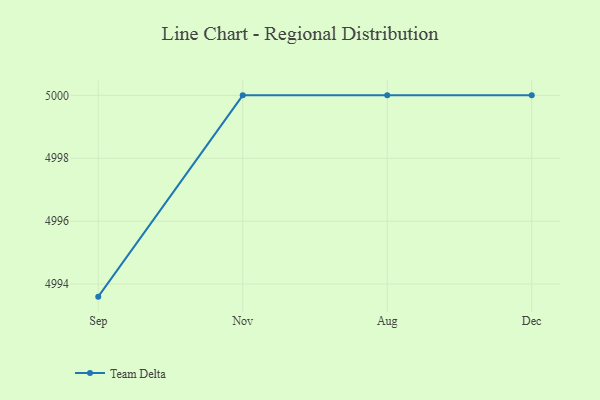
{"axis": {"x": "Month", "y": "Inventory Turnover"}, "legend": ["Team Delta"], "data": [{"x": "Sep", "y": 4993.6, "type": "Team Delta"}, {"x": "Nov", "y": 5000, "type": "Team Delta"}, {"x": "Aug", "y": 5000, "type": "Team Delta"}, {"x": "Dec", "y": 5000, "type": "Team Delta"}]}